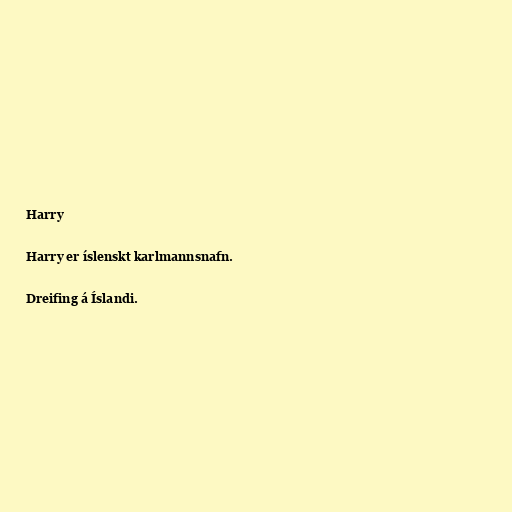
Harry

Harry er íslenskt karlmannsnafn.

Dreifing á Íslandi.